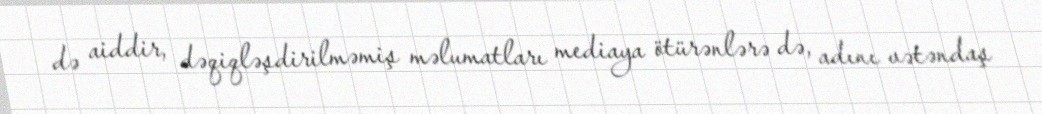
də aiddir, dəqiqləşdirilməmiş məlumatları mediaya ötürənlərə də, adını vətəndaş